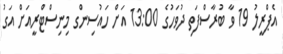
އެޕްރީލު 19 ވާ ބުރާސްފަތި ދުވަހުގެ 13:00 އަށް ހައުސިންގ މިނިސްޓްރީއަށް އަގު